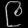
Digit: ၉